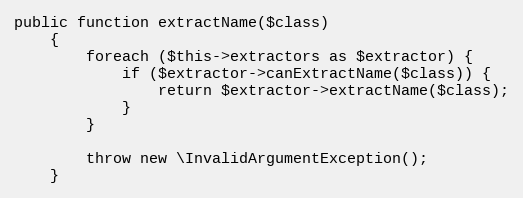
Language: PHP
public function extractName($class)
    {
        foreach ($this->extractors as $extractor) {
            if ($extractor->canExtractName($class)) {
                return $extractor->extractName($class);
            }
        }

        throw new \InvalidArgumentException();
    }